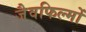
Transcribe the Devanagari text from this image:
जैवफिल्मों